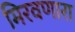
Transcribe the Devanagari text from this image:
मिरवणारा